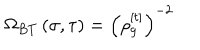
\Omega _ { B T } \left( \sigma , \tau \right) = \left( \rho _ { g } ^ { [ t ] } \right) ^ { - 2 }